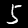
Digit: 5